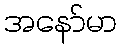
အနော်မာ